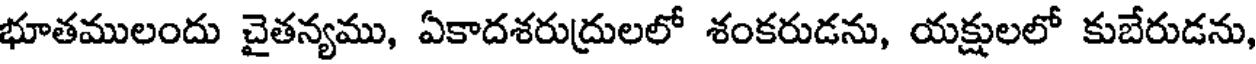
భూతములందు చైతన్యము, ఏకాదశరుద్రులలో శంకరుడను, యక్షులలో కుబేరుడను,